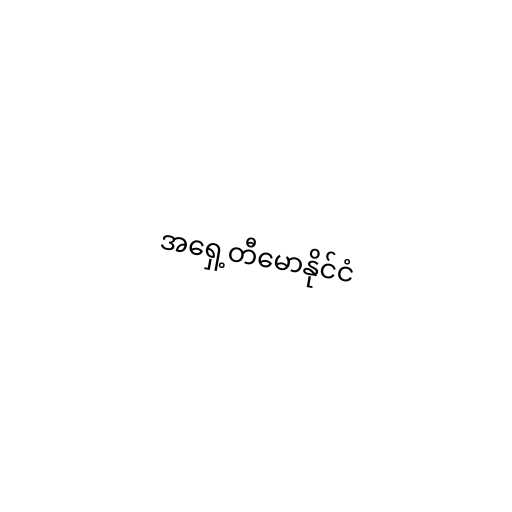
အရှေ့တီမောနိုင်ငံ